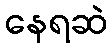
နေရဆဲ